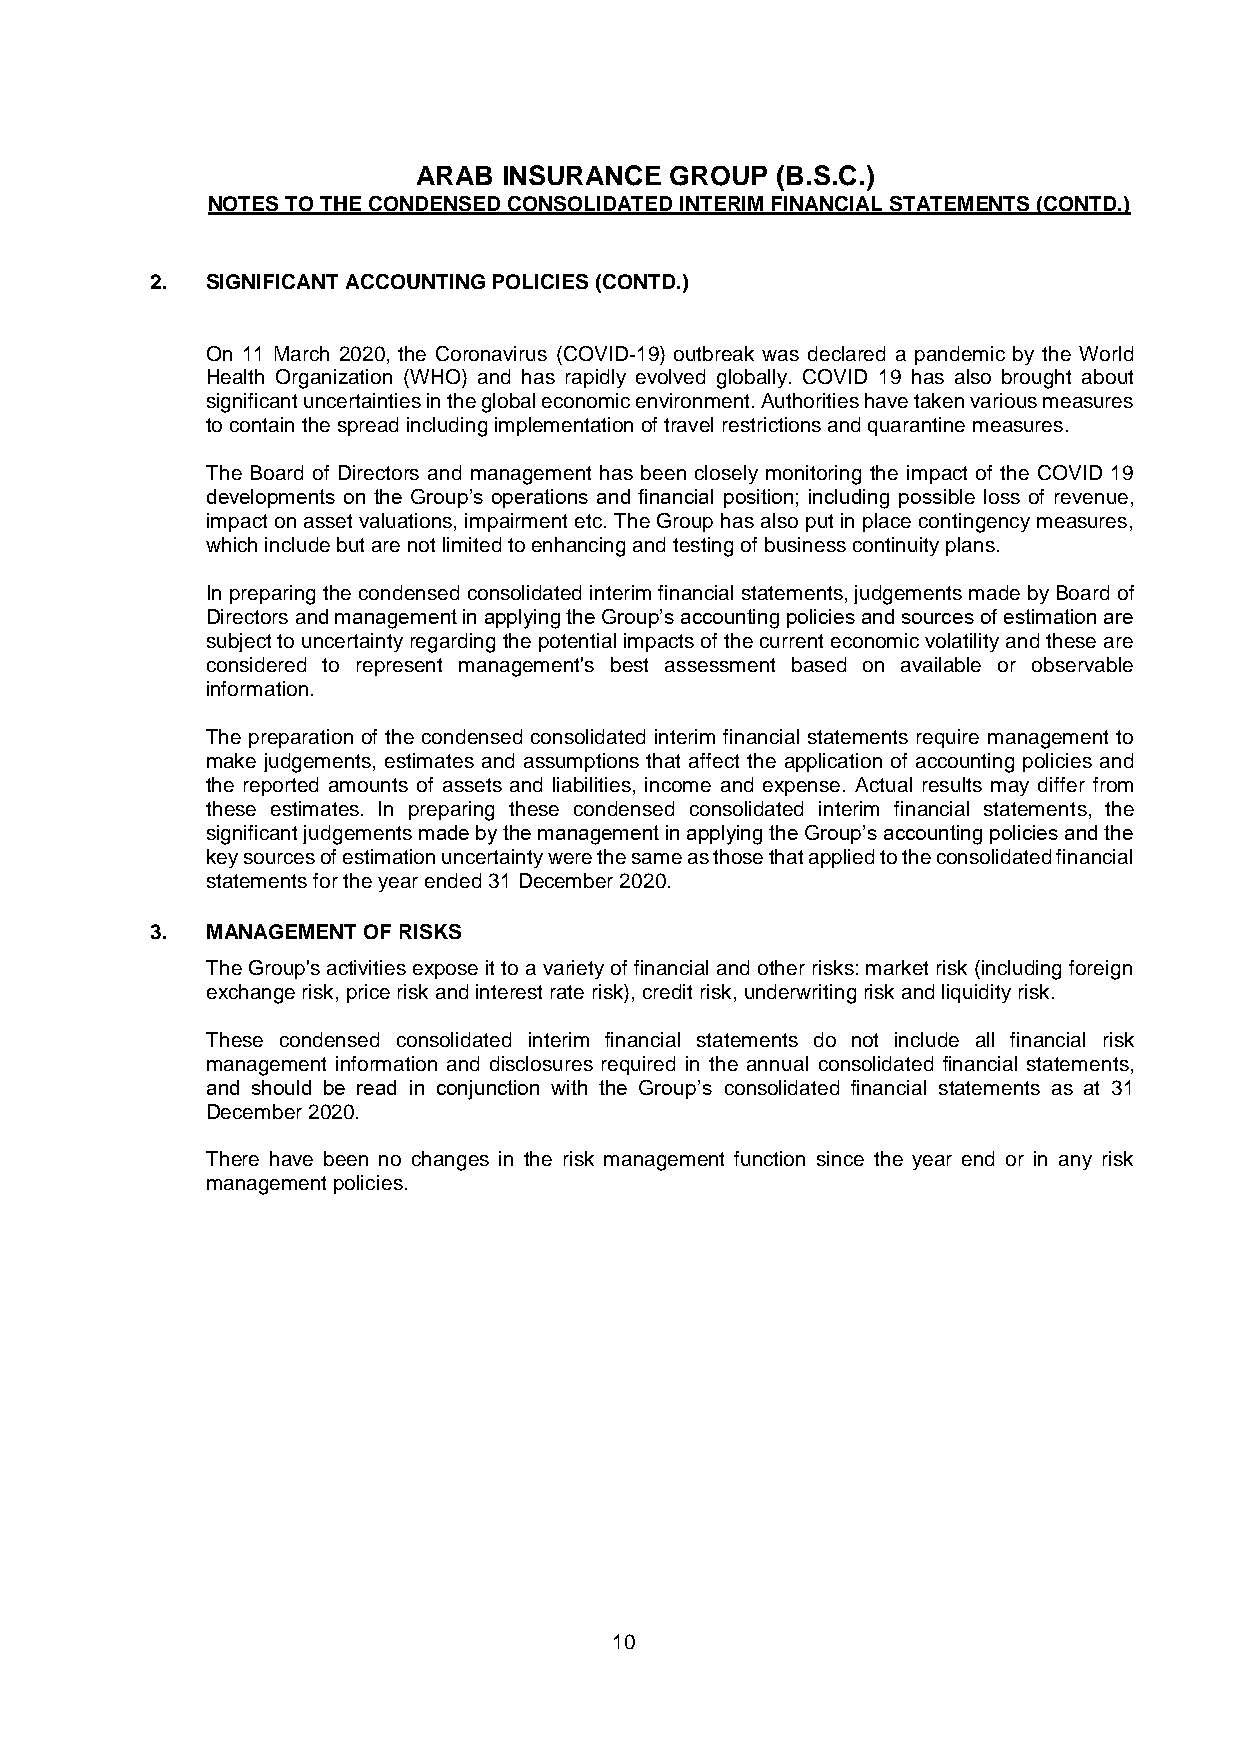
ARAB INSURANCE  GROUP  (B.S.C.)
 NOTES TO THE CONDENSED CONSOLIDATED INTERIM FINANCIAL STATEMENTS (CONTD.)
 2.  SIGNIFICANT ACCOUNTING POLICIES (CONTD.)
 On 11 March 2020, the Coronavirus (COVID-19) outbreak was declared a pandemic by the World
 Health Organization (WHO) and has rapidly evolved globally. COVID 19 has also brought about
 significant uncertainties in the global economic environment. Authorities have taken various measures
 to contain the spread including implementation of travel restrictions and quarantine measures.
 The Board of Directors and management has been closely monitoring the impact of the COVID 19
 developments on the Group’s operations and financial position; including possible loss of revenue,
 impact on asset valuations, impairment etc. The Group has also put in place contingency measures,
 which include but are not limited to enhancing and testing of business continuity plans.
 In preparing the condensed consolidated interim financial statements, judgements made by Board of
 Directors and management in applying the Group’s accounting policies and sources of estimation are
 subject to uncertainty regarding the potential impacts of the current economic volatility and these are
 considered to represent management's best assessment based on available or observable
 information.
 The preparation of the condensed consolidated interim financial statements require management to
 make judgements, estimates and assumptions that affect the application of accounting policies and
 the reported amounts of assets and liabilities, income and expense. Actual results may differ from
 these estimates. In preparing these condensed consolidated interim financial statements, the
 significant judgements made by the management in applying the Group’s accounting policies and the
 key sources of estimation uncertainty were the same as those that applied to the consolidated financial
 statements for the year ended 31 December 2020.
 3.  MANAGEMENT OF RISKS
 The Group's activities expose it to a variety of financial and other risks: market risk (including foreign
 exchange risk, price risk and interest rate risk), credit risk, underwriting risk and liquidity risk.
 These condensed consolidated interim financial statements do not include all financial risk
 management information and disclosures required in the annual consolidated financial statements,
 and should be read in conjunction with the Group’s consolidated financial statements as at 31
 December 2020.
 There have been no changes in the risk management function since the year end or in any risk
 management policies.
 10